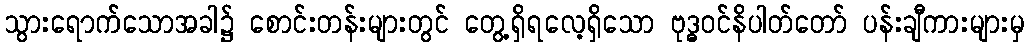
သွားရောက်သောအခါ၌ စောင်းတန်းများတွင် တွေ့ရှိရလေ့ရှိသော ဗုဒ္ဓဝင်နိပါတ်တော် ပန်းချီကားများမှ